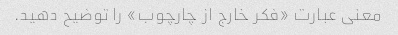
معنی عبارت «فکر خارج از چارچوب» را توضیح دهید.